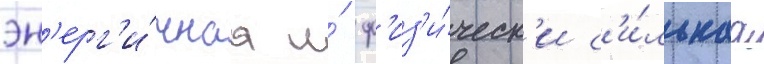
эн'ерг'и́чнаа и́ ф'из'и́ческ'и с'и́льнаа